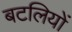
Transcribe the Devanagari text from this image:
बटलियों